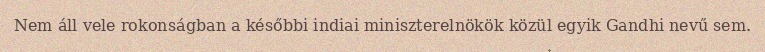
Nem áll vele rokonságban a későbbi indiai miniszterelnökök közül egyik Gandhi nevű sem.